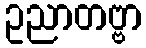
ဥညာတဗ္ဗာ